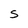
Character: S